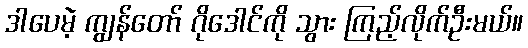
ဒါပေမဲ့ ကျွန်တော် ဂိုဒေါင်ကို သွား ကြည့်လိုက်ဦးမယ်။